Vaccine operations Central Provinces 1868-1885 - 1868-1885
Year: 1868
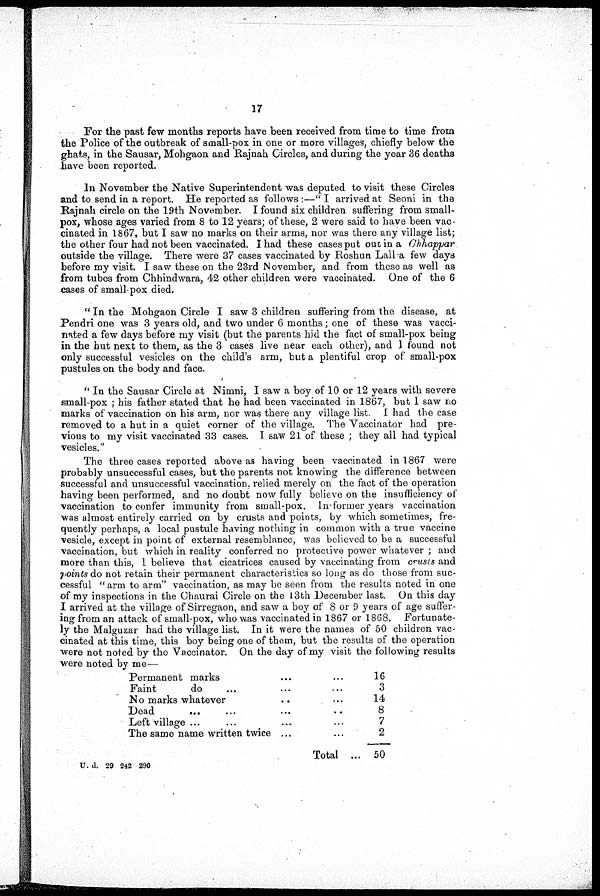
17
For the past few months reports have been received from time to time from
the Police of the outbreak of small-pox in one or more villages, chiefly below the
ghats, in the Sausar, Mohgaon and Rajnah Circles, and during the year 36 deaths
have been reported.
In November the Native Superintendent was deputed to visit these Circles
and to send in a report. He reported as follows:—" I arrived at Seoni in the
Rajnah circle on the 19th November. I found six children suffering from small-
pox, whose ages varied from 8 to 12 years; of these, 2 were said to have been vac-
cinated in 1867, but I saw no marks on their arms, nor was there any village list;
the other four had not been vaccinated. I had these cases put out in a Chhappar
outside the village. There were 37 cases vaccinated by Roshun Lalla few days
before my visit. I saw these on the 23rd November, and from these as well as
from tubes from Chhindwara, 42 other children were vaccinated. One of the 6
cases of small-pox died.
" In the Mohgaon Circle I saw 3 children suffering from the disease, at
Pendri one was 3 years old, and two under 6 months; one of these was vacci-
nated a few days before my visit (but the parents hid the fact of small-pox being
in the hut next to them, as the 3 cases live near each other), and I found not
only successful vesicles on the child's arm, but a plentiful crop of small-pox
pustules on the body and face.
" In the Sausar Circle at Nimni, I saw a boy of 10 or 12 years with severe
small-pox ; his father stated that he had been vaccinated in 1867, but I saw no
marks of vaccination on his arm, nor was there any village list. I had the case
removed to a hut in a quiet corner of the village. The Vaccinator had pre-
vious to my visit vaccinated 33 cases. I saw 21 of these ; they all had typical
vesicles."
The three cases reported above as having been vaccinated in 1867 were
probably unsuccessful cases, but the parents not knowing the difference between
successful and unsuccessful vaccination. relied merely on the fact of the operation
having been performed, and no doubt now fully believe on the insufficiency of
vaccination to confer immunity from small-pox. In former years vaccination
was almost entirely carried on by crusts and points, by which sometimes, fre-
quently perhaps, a local pustule having nothing in common with a true vaccine
vesicle, except in point of external resemblance, was believed to be a successful
vaccination, but which in reality conferred no protective power whatever ; and
more than this, 1 believe that cicatrices caused by vaccinating from crusts and
points do not retain their permanent characteristics so long as do those from suc-
cessful " arm to arm" vaccination, as may be seen from the results noted in one
of my inspections in the Chaurai Circle on the 13th December last. On this day
I arrived at the village of Sirregaon, and saw a boy of 8 or 9 years of age suffer-
ing from an attack of small-pox, who was vaccinated in 1867 or 1868. Fortunate-
ly the Malguzar had the village list. In it were the names of 50 children vac-
cinated at this time, this boy being one of them, but the results of the operation
were not noted by the Vaccinator. On the day of my visit the following results
were noted by me—
Permanent marks ... ...
Faint
do ... ... ...
No marks whatever ... ...
Dead ... ... ... ...
Left village ... ... ... ...
The same name written twice ... ...
Total ...
16
3
14
8
7
2
50
U. d. 29 242 290